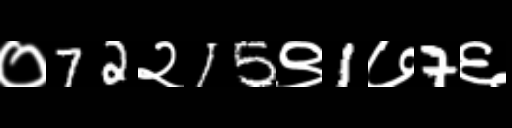
Text: ०72२15९1७7६